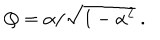
LaTeX: Q = \alpha / \sqrt { 1 - \alpha ^ { 2 } } \ .